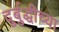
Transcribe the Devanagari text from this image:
दुर्बुद्धीच्या